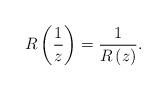
LaTeX: \begin{align*}R \left(\frac{1}{z} \right) = \frac{1}{R \left(z \right)}.\end{align*}